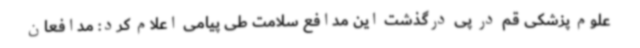
علوم پزشکی قم در پی درگذشت این مدافع سلامت طی پیامی اعلام کرد: مدافعان